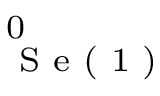
^ { 0 } _ { \textrm { S e ( 1 ) } }